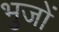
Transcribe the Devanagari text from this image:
भुजों